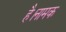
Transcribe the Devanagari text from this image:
है।नामक